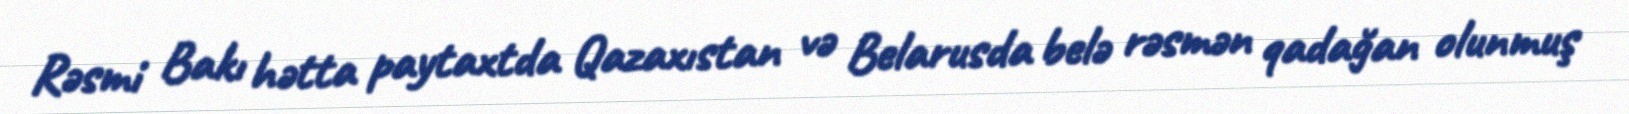
Rəsmi Bakı hətta paytaxtda Qazaxıstan və Belarusda belə rəsmən qadağan olunmuş